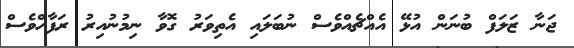
ޖަނާ ޒަލަފް ބުނަން އުޅޭ އެއްޗެއްވެސް ނުބަލައި އެތިވަރު ގޮވާ ނިމުނުއިރު ރަފާހްވެސް